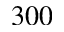
3 0 0